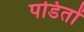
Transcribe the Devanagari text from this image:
पडितों